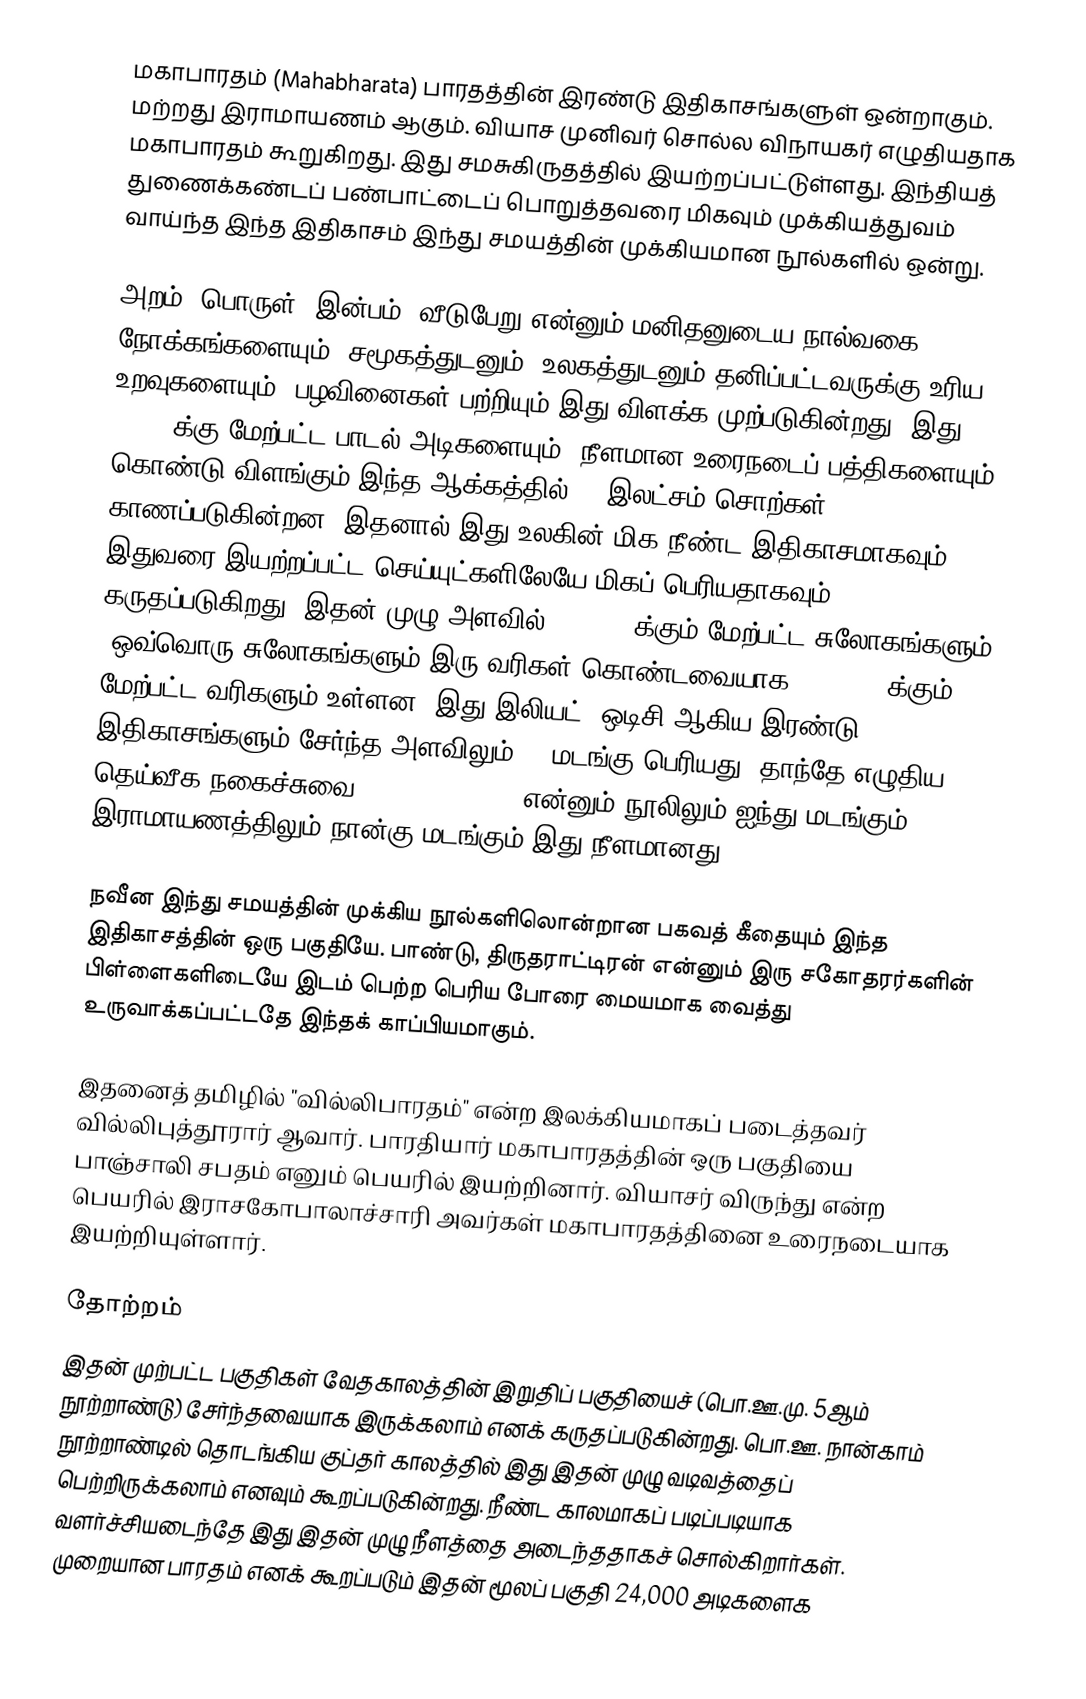
மகாபாரதம் (Mahabharata) பாரதத்தின் இரண்டு இதிகாசங்களுள் ஒன்றாகும். மற்றது இராமாயணம் ஆகும். வியாச முனிவர் சொல்ல விநாயகர் எழுதியதாக மகாபாரதம் கூறுகிறது. இது சமசுகிருதத்தில் இயற்றப்பட்டுள்ளது. இந்தியத் துணைக்கண்டப் பண்பாட்டைப் பொறுத்தவரை மிகவும் முக்கியத்துவம் வாய்ந்த இந்த இதிகாசம் இந்து சமயத்தின் முக்கியமான நூல்களில் ஒன்று.

அறம், பொருள், இன்பம், வீடுபேறு என்னும் மனிதனுடைய நால்வகை நோக்கங்களையும், சமூகத்துடனும், உலகத்துடனும் தனிப்பட்டவருக்கு உரிய உறவுகளையும், பழவினைகள் பற்றியும் இது விளக்க முற்படுகின்றது. இது 74,000க்கு மேற்பட்ட பாடல் அடிகளையும், நீளமான உரைநடைப் பத்திகளையும் கொண்டு விளங்கும் இந்த ஆக்கத்தில் 18 இலட்சம் சொற்கள் காணப்படுகின்றன. இதனால் இது உலகின் மிக நீண்ட இதிகாசமாகவும் இதுவரை இயற்றப்பட்ட செய்யுட்களிலேயே மிகப் பெரியதாகவும் கருதப்படுகிறது. இதன் முழு அளவில் 100,000-க்கும் மேற்பட்ட சுலோகங்களும் (ஒவ்வொரு சுலோகங்களும் இரு வரிகள் கொண்டவையாக) 200,000-க்கும் மேற்பட்ட வரிகளும் உள்ளன. இது இலியட், ஒடிசி ஆகிய இரண்டு இதிகாசங்களும் சேர்ந்த அளவிலும் 10 மடங்கு பெரியது. தாந்தே எழுதிய தெய்வீக நகைச்சுவை (Divine Comedy) என்னும் நூலிலும் ஐந்து மடங்கும், இராமாயணத்திலும் நான்கு மடங்கும் இது நீளமானது.

நவீன இந்து சமயத்தின் முக்கிய நூல்களிலொன்றான பகவத் கீதையும் இந்த இதிகாசத்தின் ஒரு பகுதியே. பாண்டு, திருதராட்டிரன் என்னும் இரு சகோதரர்களின் பிள்ளைகளிடையே இடம் பெற்ற பெரிய போரை மையமாக வைத்து உருவாக்கப்பட்டதே இந்தக் காப்பியமாகும்.

இதனைத் தமிழில் "வில்லிபாரதம்" என்ற இலக்கியமாகப் படைத்தவர் வில்லிபுத்தூரார் ஆவார். பாரதியார் மகாபாரதத்தின் ஒரு பகுதியை பாஞ்சாலி சபதம் எனும் பெயரில் இயற்றினார். வியாசர் விருந்து என்ற பெயரில் இராசகோபாலாச்சாரி அவர்கள் மகாபாரதத்தினை உரைநடையாக இயற்றியுள்ளார்.

தோற்றம்
இதன் முற்பட்ட பகுதிகள் வேதகாலத்தின் இறுதிப் பகுதியைச் (பொ.ஊ.மு. 5ஆம் நூற்றாண்டு) சேர்ந்தவையாக இருக்கலாம் எனக் கருதப்படுகின்றது. பொ.ஊ. நான்காம் நூற்றாண்டில் தொடங்கிய குப்தர் காலத்தில் இது இதன் முழு வடிவத்தைப் பெற்றிருக்கலாம் எனவும் கூறப்படுகின்றது. நீண்ட காலமாகப் படிப்படியாக வளர்ச்சியடைந்தே இது இதன் முழு நீளத்தை அடைந்ததாகச் சொல்கிறார்கள். முறையான பாரதம் எனக் கூறப்படும் இதன் மூலப் பகுதி 24,000 அடிகளைக